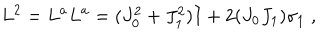
L ^ { 2 } = L ^ { a } L ^ { a } = ( J _ { 0 } ^ { 2 } + J _ { 1 } ^ { 2 } ) I + 2 ( J _ { 0 } J _ { 1 } ) \sigma _ { 1 } \; ,